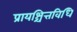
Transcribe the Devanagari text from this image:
प्रायश्चित्तविधि